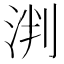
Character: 𬇯